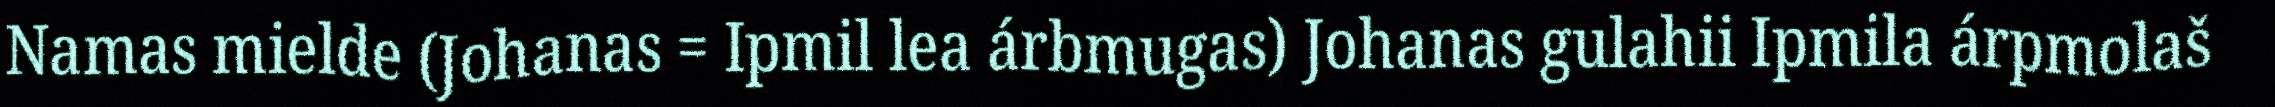
Namas mielde (Johanas = Ipmil lea árbmugas) Johanas gulahii Ipmila árpmolaš